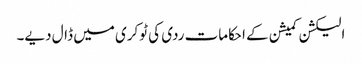
الیکشن کمیشن کے احکامات ردی کی ٹوکری میں ڈال دیے۔